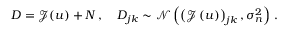
\boldsymbol { D } = \boldsymbol { \mathcal { J } } ( u ) + \boldsymbol { N } \, , \quad \boldsymbol { D } _ { j k } \sim \mathcal { N } \left( \left( \boldsymbol { \mathcal { J } } \left( u \right) \right) _ { j k } , \sigma _ { n } ^ { 2 } \right) \, .